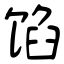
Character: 馅